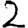
Digit: 2